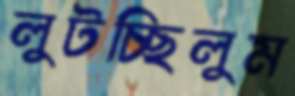
লুটচ্ছিলুম